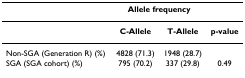
|  | <COLSPAN=2> Allele frequency |  |
 | --- | --- | --- | --- |
 |  | C-Allele | T-Allele | p-value |
 | Non-SGA (Generation R) (%) | 4828 (71.3) | 1948 (28.7) |  |
 | SGA (SGA cohort) (%) | 795 (70.2) | 337 (29.8) | 0.49 |